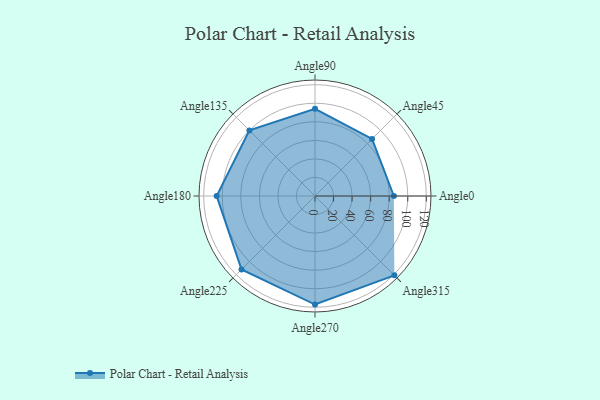
{"axis": {"x": "Angle", "y": "Radius"}, "legend": [""], "data": [{"x": "Angle0", "y": 85.0, "type": ""}, {"x": "Angle45", "y": 87.0, "type": ""}, {"x": "Angle90", "y": 94.0, "type": ""}, {"x": "Angle135", "y": 100.0, "type": ""}, {"x": "Angle180", "y": 106.0, "type": ""}, {"x": "Angle225", "y": 112.0, "type": ""}, {"x": "Angle270", "y": 117.0, "type": ""}, {"x": "Angle315", "y": 121.0, "type": ""}]}